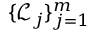
\{ { \mathcal { L } } _ { j } \} _ { j = 1 } ^ { m }